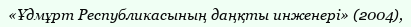
«Ұдмұрт Республикасының даңқты инженері» (2004),